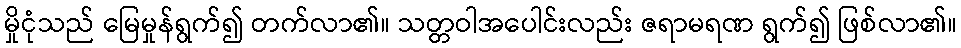
မှိုငုံသည် မြေမှုန်ရွက်၍ တက်လာ၏။ သတ္တဝါအပေါင်းလည်း ဇရာမရဏ ရွက်၍ ဖြစ်လာ၏။